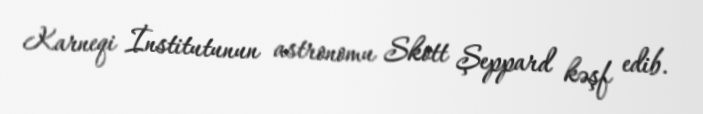
Karneqi İnstitutunun astronomu Skott Şeppard kəşf edib.